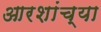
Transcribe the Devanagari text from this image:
आरशांच्या